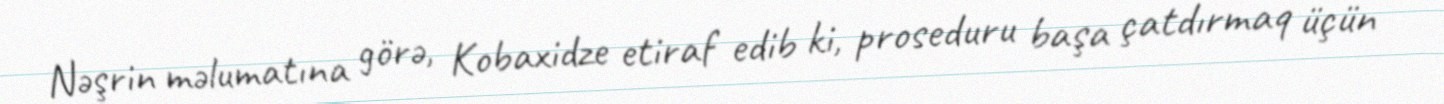
Nəşrin məlumatına görə, Kobaxidze etiraf edib ki, proseduru başa çatdırmaq üçün